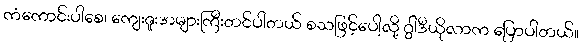
ကံကောင်းပါစေ၊ ကျေးဇူးအများကြီးတင်ပါတယ် စသဖြင့်ပေါ့လို့ ဂွါဒီယိုလာက ပြောပါတယ်။